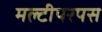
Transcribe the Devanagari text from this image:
मल्टीपरपस